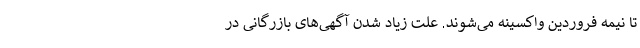
تا نیمه فروردین واکسینه می‌شوند. علت زیاد شدن آگهی‌های بازرگانی در